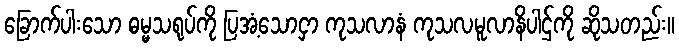
ခြောက်ပါးသော ဓမ္မသရုပ်ကို ပြအံ့သောငှာ ကုသလာနံ ကုသလမူလာနိပါဌ်ကို ဆိုသတည်း။